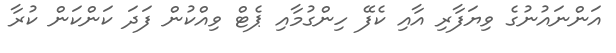
އަންނައުނުގެ ވިޔަފާރި އާއި ކެފޭ ހިންގުމާއި ޕެޓް ވިއްކުން ފަދަ ކަންކަން ކުރާ